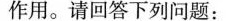
作用。请回答下列问题：